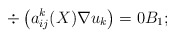
\begin{align*} \div \left ( a^k_{ij}(X) \nabla u_k \right ) = 0 B_1;\end{align*}